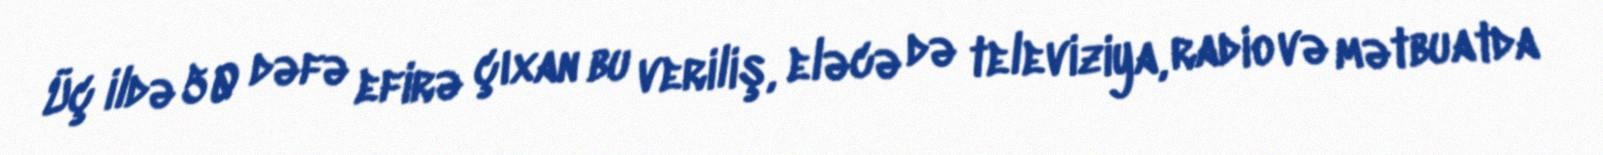
Üç ildə 50 dəfə efirə çıxan bu veriliş, eləcə də televiziya, radio və mətbuatda